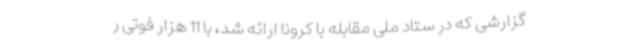
گزارشی که در ستاد ملی مقابله با کرونا ارائه شد، با 11 هزار فوتی ر